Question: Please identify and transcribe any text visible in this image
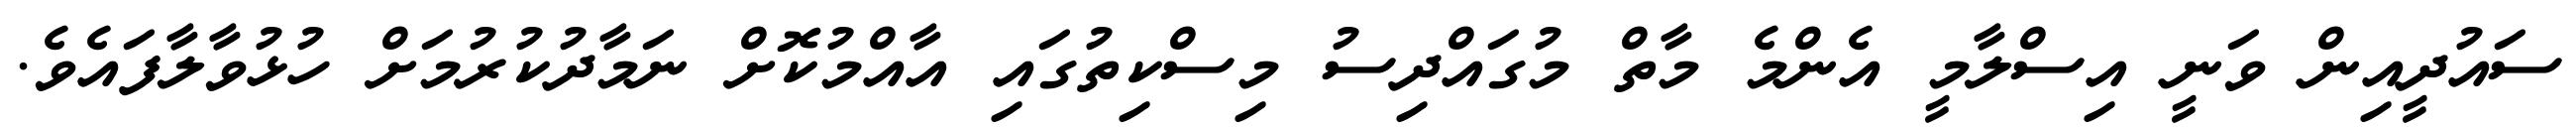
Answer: ސައުދީއިން ވަނީ އިސްލާމީ އެންމެ މާތް މުގައްދިސު މިސްކިތުގައި އާއްމުކޮށް ނަމާދުކުރުމަށް ހުޅުވާލާފައެވެ.